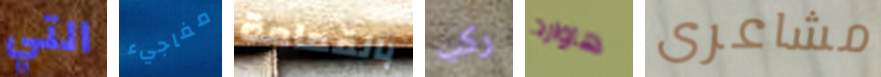
التي مفاجيء بالقمامة ركب هاوارد مشاعرى